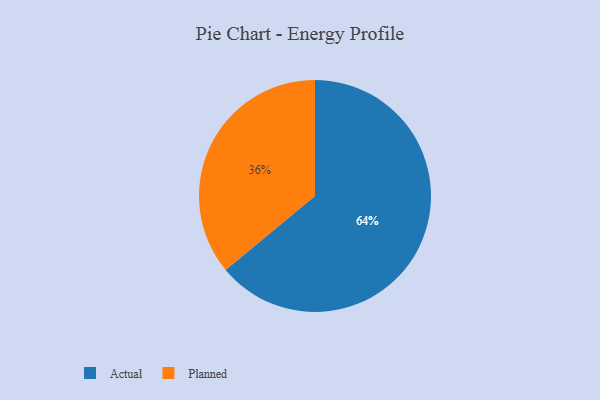
{"axis": {"x": "Category", "y": "Percentage"}, "legend": ["Actual", "Planned"], "data": [{"x": "Actual", "y": 64, "type": "Actual"}, {"x": "Planned", "y": 36, "type": "Planned"}]}